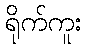
ရိုက်ကူး